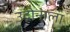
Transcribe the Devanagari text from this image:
उदोनाला